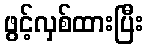
ဖွင့်လှစ်ထားပြီး